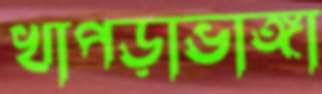
খাপড়াভাঙ্গা